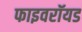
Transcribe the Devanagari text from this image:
फाइवरॉयड